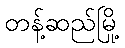
တန့်ဆည်မြို့